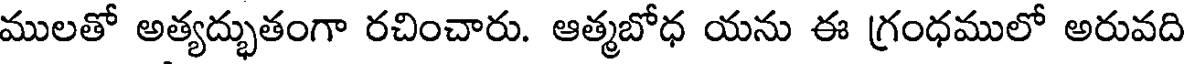
ములతో అత్యద్భుతంగా రచించారు. ఆత్మబోధ యను ఈ గ్రంధములో అరువది